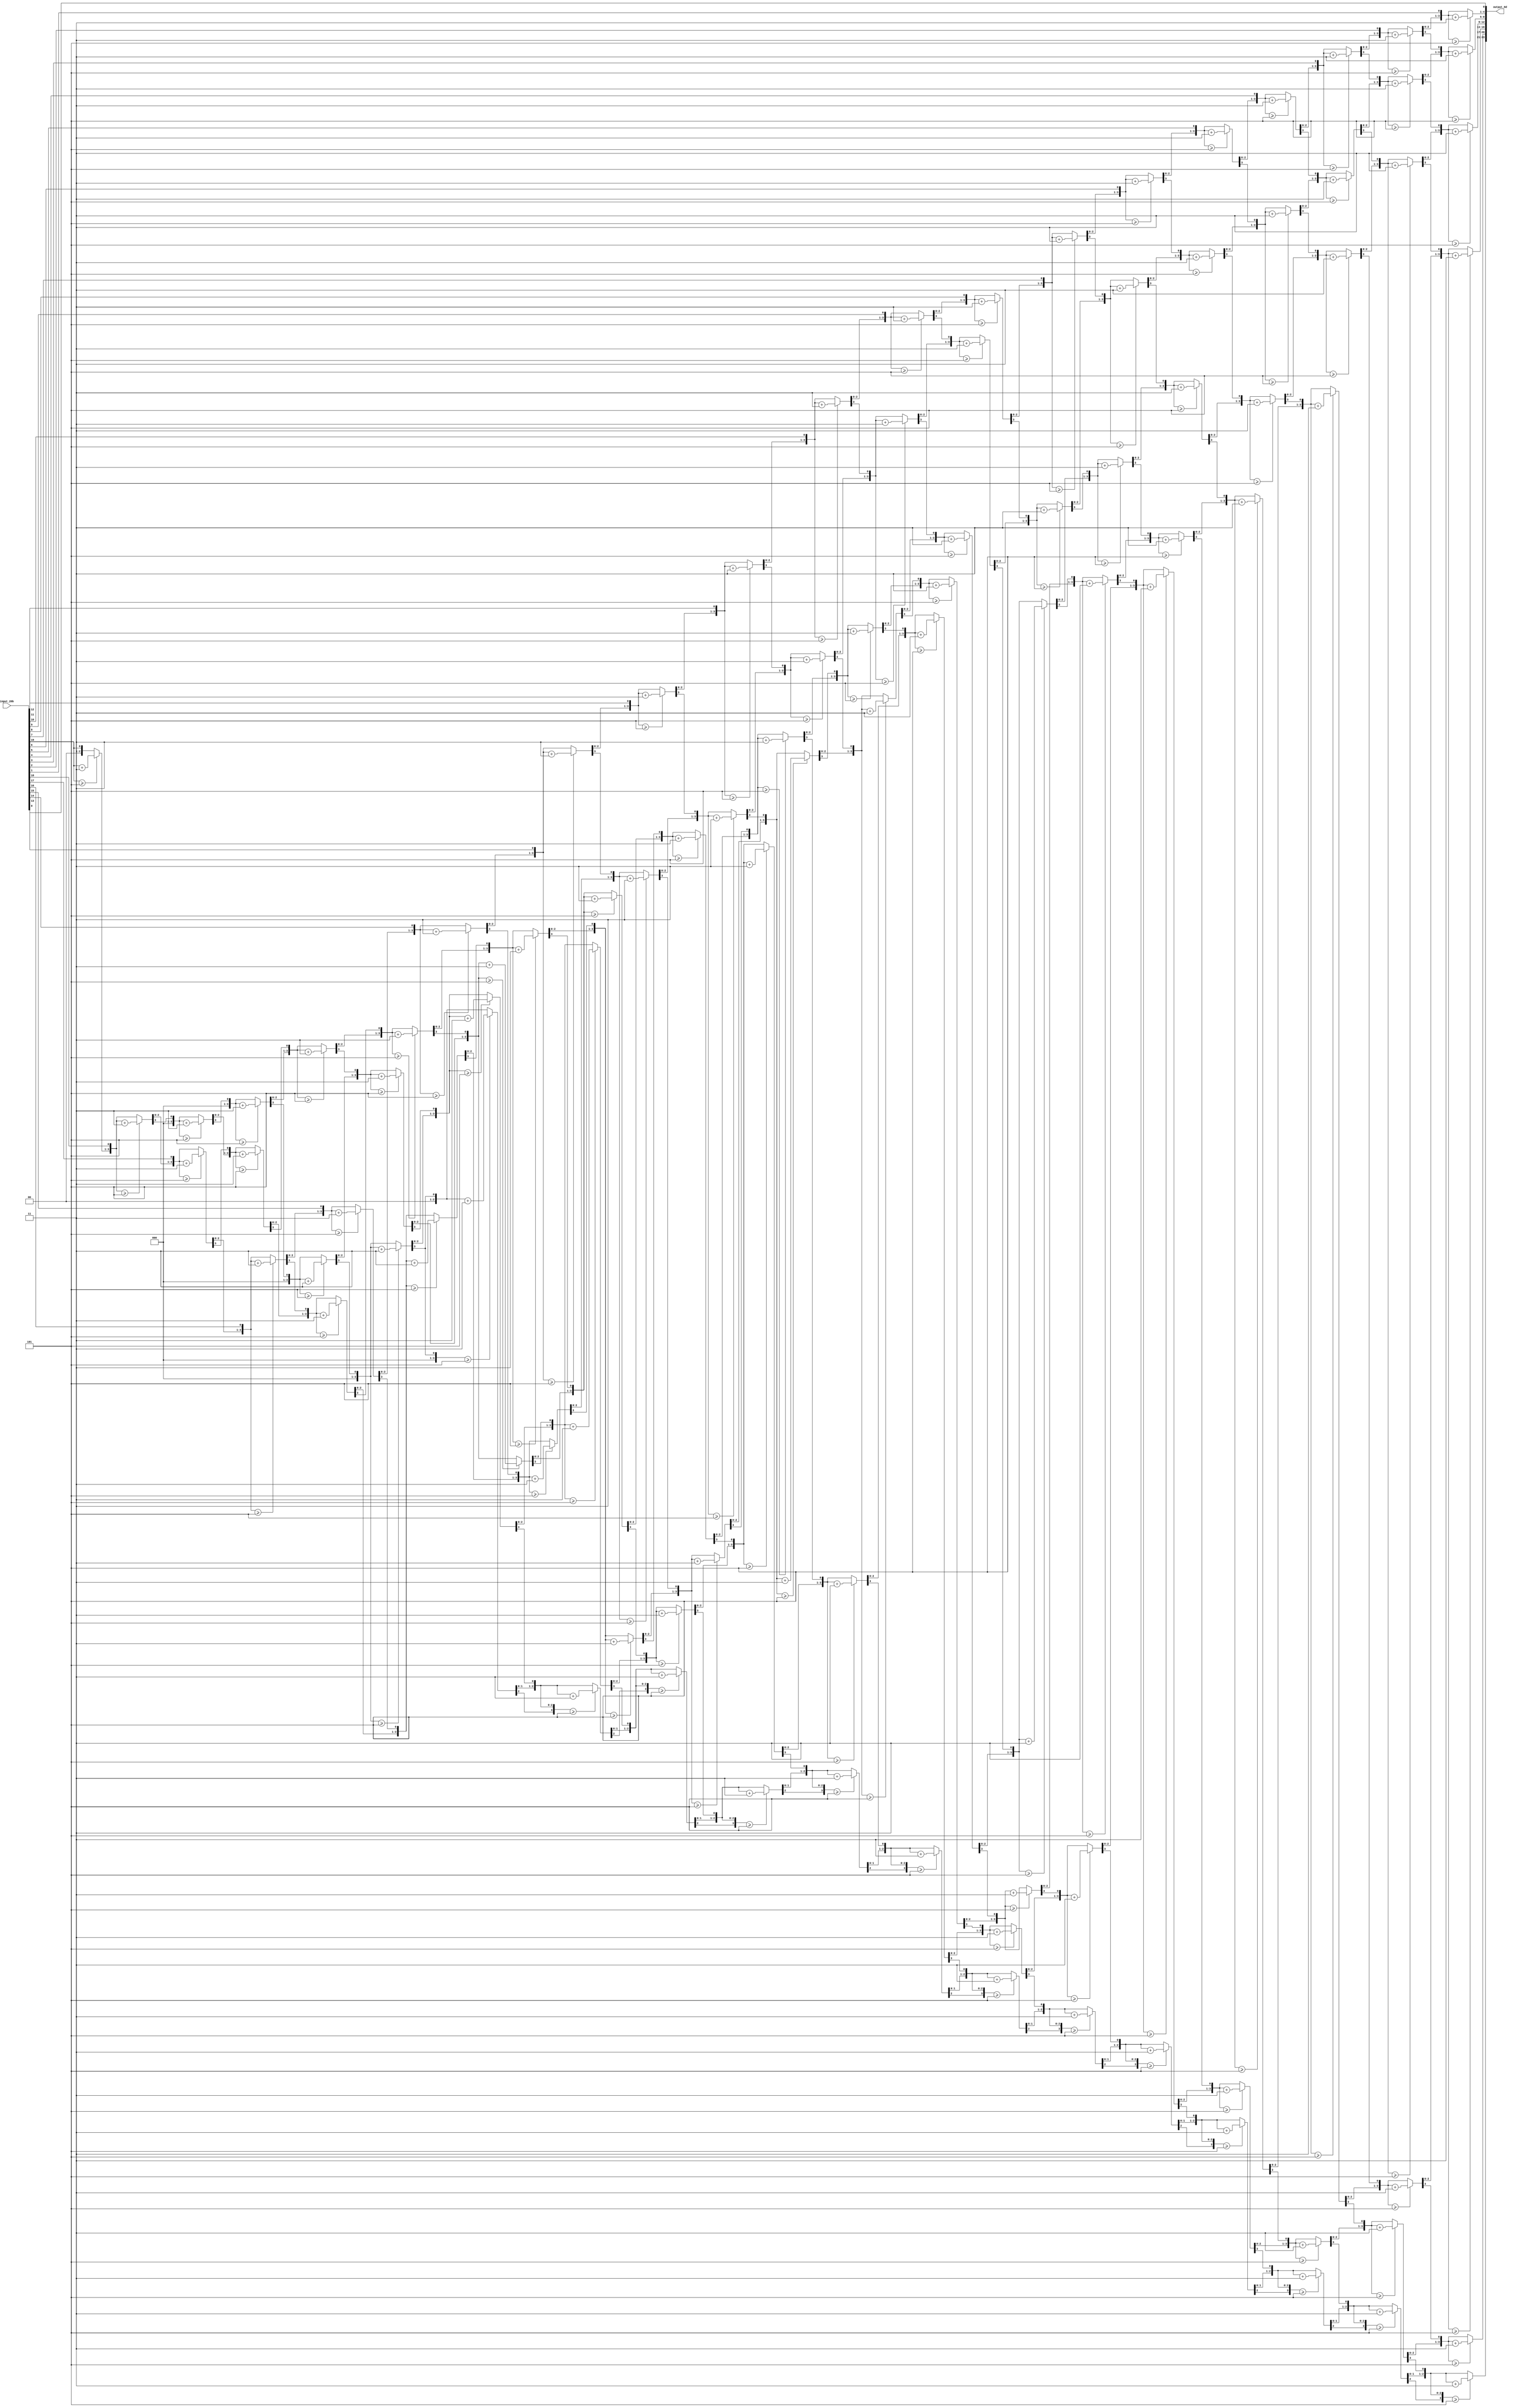
//20
//
//20
//[6*4-1:0] 2424-1 ---- 0
//
//123456
//0001_0010_0011_0100_0101_0110

module binary_20b_to_bcd_6d #(parameter N = 20,parameter M = 24) 
(    
	input  [N-1:0]  input_20b,       
	output [M-1:0]  output_6d       
);  
	reg [3:0]       digits [5:0];       

integer i;    
	always @(input_20b) begin     
        for (i = 0; i < 6; i = i+1) begin
		   digits[i] = 4'd0;  
        end 
	    for(i = N-1; i >= 0; i = i-1) begin  //3 
		    if (digits[0] >= 4'b0101) digits[0] = digits[0] + 4'b0011;   
		    if (digits[1] >= 4'b0101) digits[1] = digits[1] + 4'b0011;   
		    if (digits[2] >= 4'b0101) digits[2] = digits[2] + 4'b0011;   
		    if (digits[3] >= 4'b0101) digits[3] = digits[3] + 4'b0011;     
		    if (digits[4] >= 4'b0101) digits[4] = digits[4] + 4'b0011;    
		    if (digits[5] >= 4'b0101) digits[5] = digits[5] + 4'b0011;    

		    digits[5][3:0] = {digits[5][2:0], digits[4][3]};  
		    digits[4][3:0] = {digits[4][2:0], digits[3][3]};  
		    digits[3][3:0] = {digits[3][2:0], digits[2][3]};    
		    digits[2][3:0] = {digits[2][2:0], digits[1][3]};  
		    digits[1][3:0] = {digits[1][2:0], digits[0][3]};   
		    digits[0][3:0] = {digits[0][2:0], input_20b[i]};   
	    end  
    end	    
	assign output_6d ={digits[5],digits[4],digits[3],digits[2],digits[1],digits[0]};   

endmodule 

// 

/*
//
module binary_20b_to_bcd_6d (    
	input [19:0] input_20b,       
	output [23:0] output_6d       
);  
	reg [3:0] ones;       
	reg [3:0] twos;
	reg [3:0] threes;
	reg [3:0] fours;
	reg [3:0] fives;
	reg [3:0] sixs;

integer i;    
   always @(input_20b) begin     
	 
        ones 	= 4'b0000;
	twos 	= 4'b0000;
	threes 	= 4'b0000;
        fours 	= 4'b0000;
        fives 	= 4'b0000;
        sixs 	= 4'b0000;
	   for(i = 19; i >= 0; i = i-1) begin  //3 
		   if (ones >= 4'b0101) ones = ones + 4'b0011;   
		   if (twos >= 4'b0101) twos = twos + 4'b0011;   
		   if (threes >= 4'b0101) threes = threes + 4'b0011;   
		   if (fours  >= 4'b0101) fours  = fours  + 4'b0011;     
		   if (fives >= 4'b0101) fives = fives + 4'b0011;    
		   if (sixs >= 4'b0101) sixs = sixs + 4'b0011;    

		   sixs = {sixs[2:0], fives[3]};  
		   fives = {fives[2:0], fours[3]};  
		   fours = {fours[2:0],  threes[3]};    
		   threes = {threes[2:0], twos [3]};  
		   twos  = {twos [2:0],  ones[3]};   
		   ones = { ones[2:0], input_20b[i]};   
	end  
end	    
	assign output_6d ={sixs,fives,fours,threes,twos, ones};   
endmodule 
*/